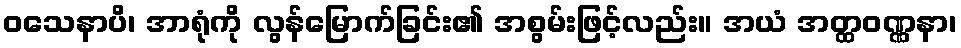
ဝသေနာပိ၊ အာရုံကို လွန်မြောက်ခြင်း၏ အစွမ်းဖြင့်လည်း။ အယံ အတ္ထဝဏ္ဏနာ၊